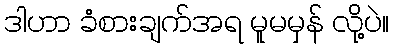
ဒါဟာ ခံစားချက်အရ မူမမှန် လို့ပဲ။